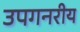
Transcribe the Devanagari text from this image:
उपगनरीय